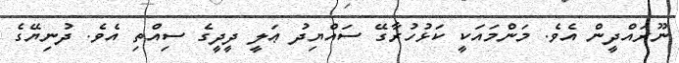
ނޫރައްދީން އެވެ. މަންމައަކީ ކަޅުހުރާގޭ ސައްޔިދު ޢަލީ ދީދީގެ ސިއްތި އެވެ. ދުނިޔޭގެ